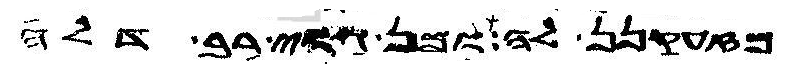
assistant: מזעקנן לה ומן גוי רב דלה